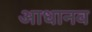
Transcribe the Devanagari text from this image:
आधानव